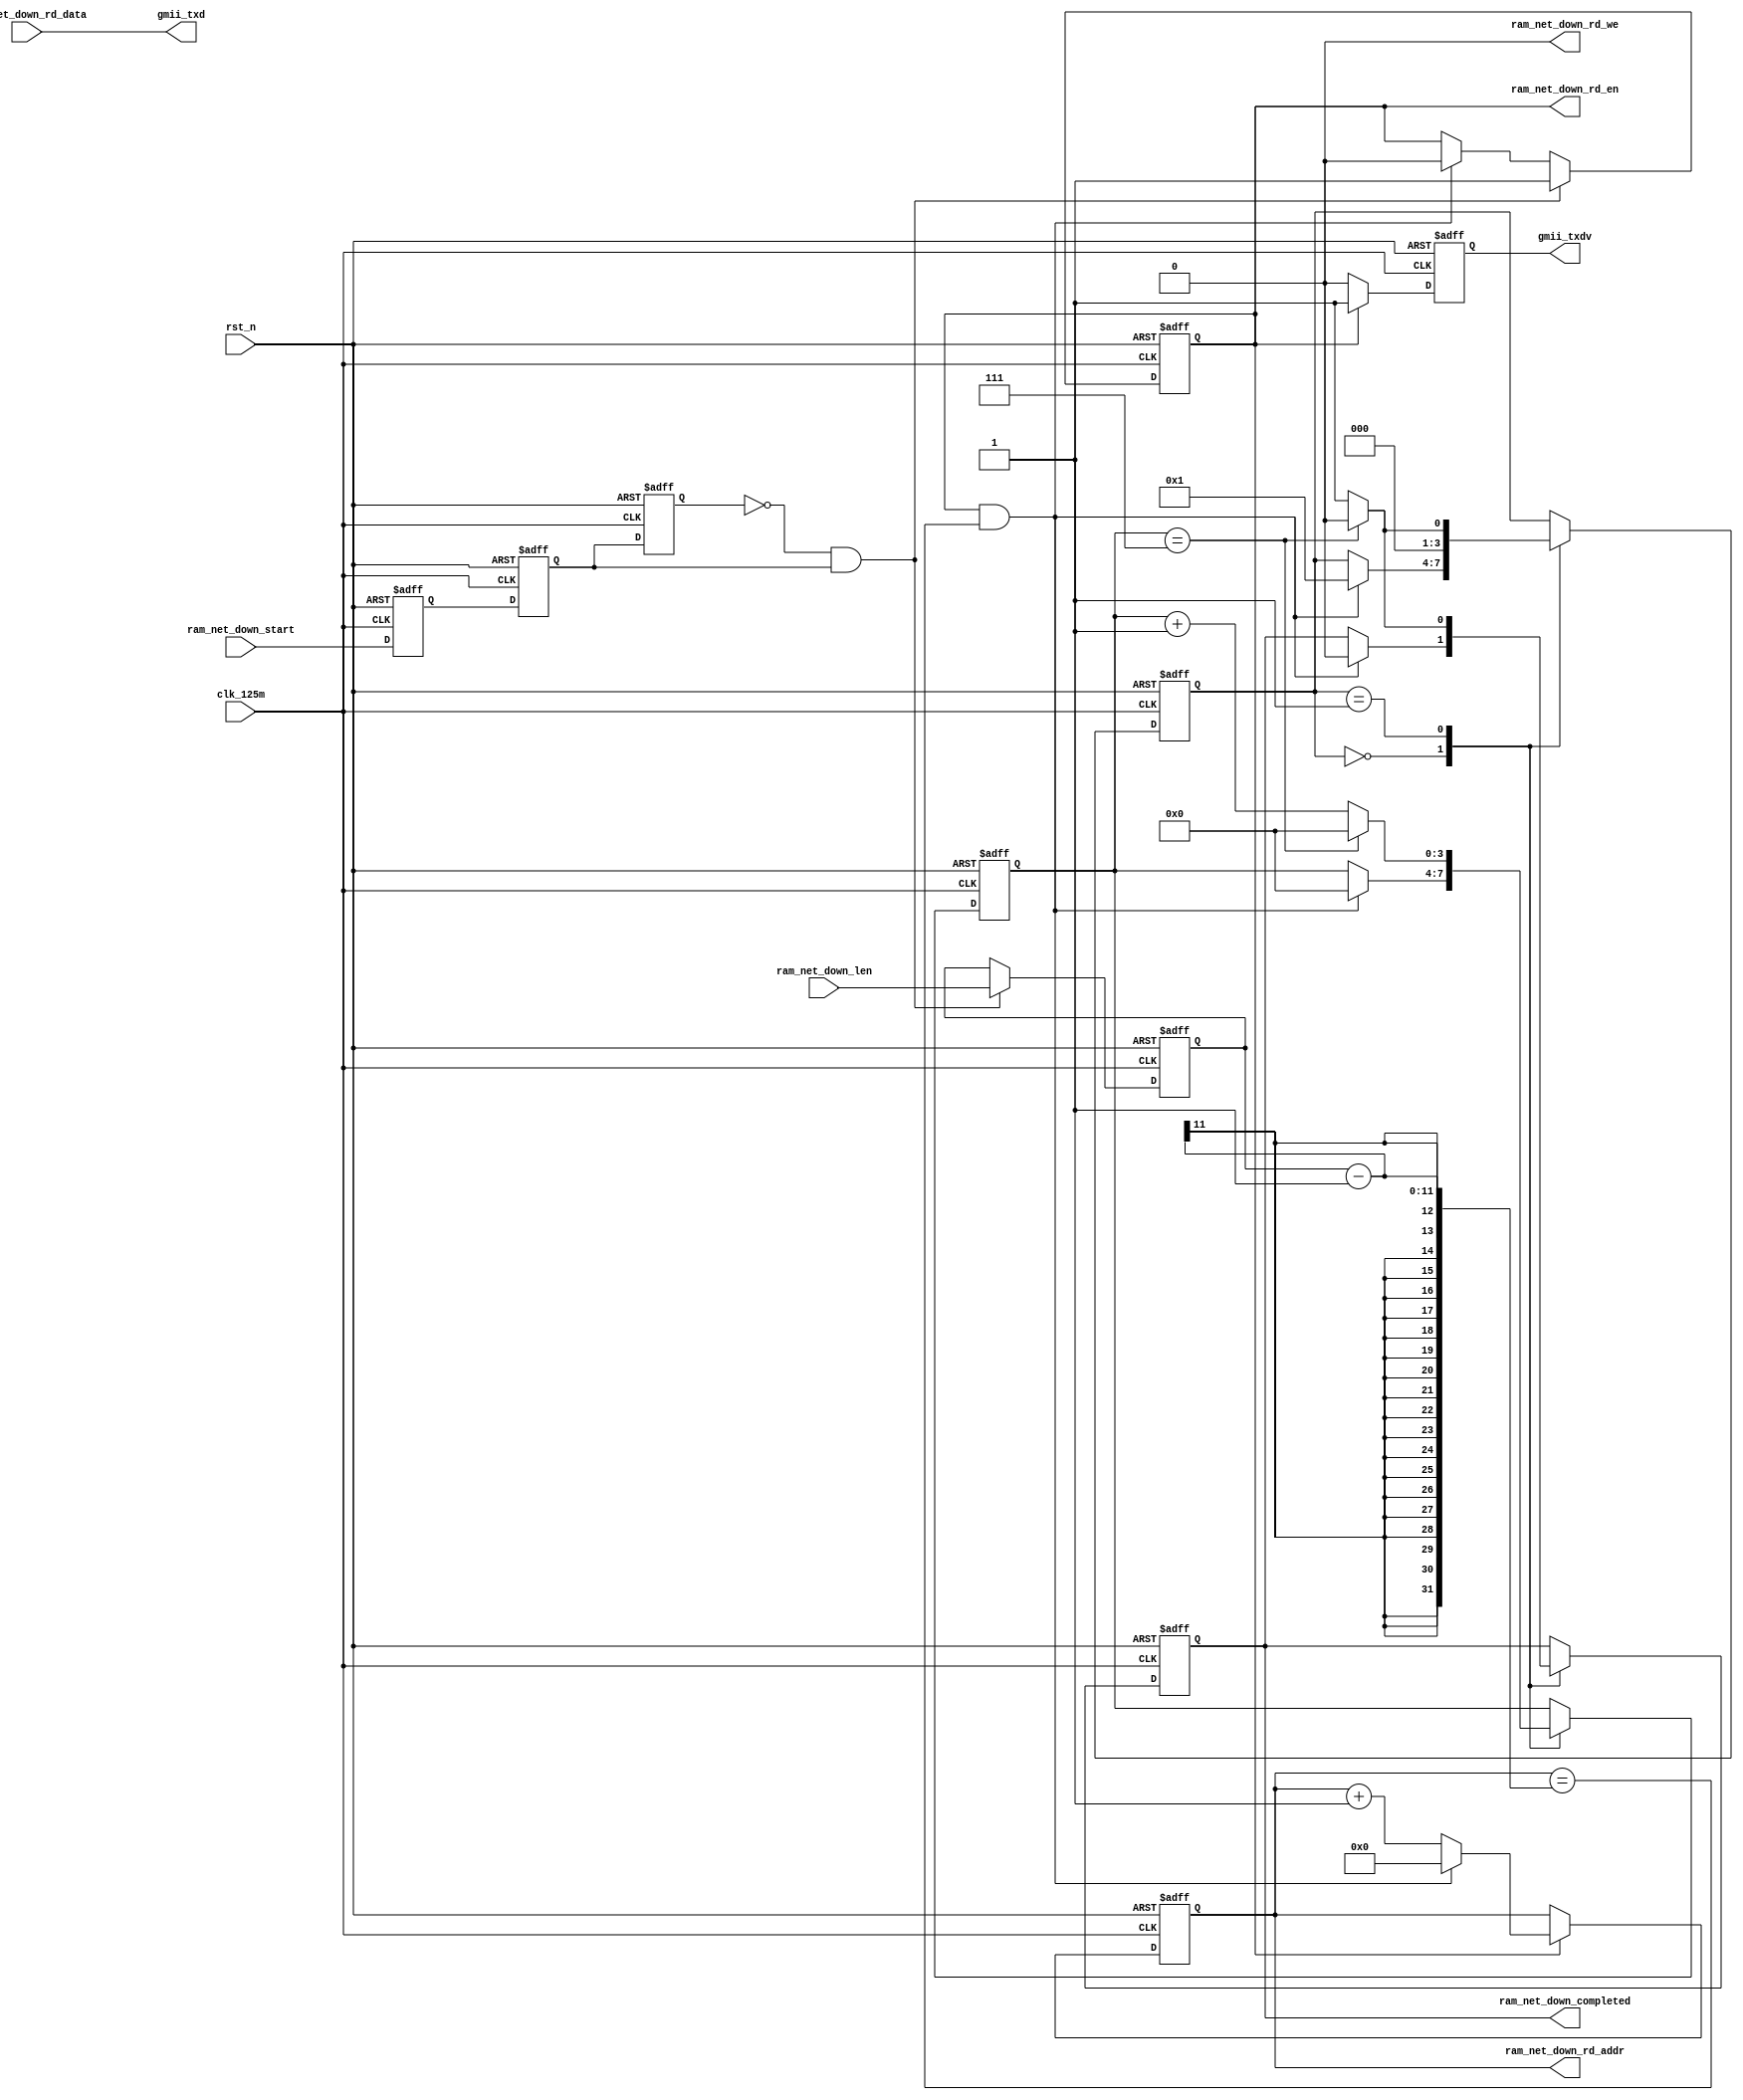
module net_down(
	input             clk_125m,
	input             rst_n   ,
	
	output reg [7:0]  gmii_txd,
	output reg        gmii_txdv,
	
	output reg        ram_net_down_rd_en	,
	output reg        ram_net_down_rd_we	,
	output reg [10:0] ram_net_down_rd_addr  ,
	input      [7:0]  ram_net_down_rd_data	,
	input             ram_net_down_start	,
	input      [10:0] ram_net_down_len		,
	output reg        ram_net_down_completed 
);

	reg [3:0]  state;
	reg [3:0]  cnt_completed;
	reg [10:0] cnt_net_tx;
	wire       add_cnt_net_tx;
	wire       end_cnt_net_tx;
	reg        ram_net_down_start_ff0;
	reg        ram_net_down_start_ff1;
	reg        ram_net_down_start_ff2;
	wire       ram_net_down_start_l2h;
	reg [10:0] net_tx_len;
	reg        flag_cnt_uart_tx;
	
	always @ (*)begin
		ram_net_down_rd_en = add_cnt_net_tx;
		ram_net_down_rd_we = 0;
        ram_net_down_rd_addr = cnt_net_tx;
	end
	
	
	always @ (posedge clk_125m or negedge rst_n)begin
		if(!rst_n)begin
			gmii_txdv <= 0;
		end
		else if(add_cnt_net_tx)begin
			gmii_txdv <= 1;
		end
		else begin
			gmii_txdv <= 0;
		end
	end
    
    always @ (*)begin
        gmii_txd = ram_net_down_rd_data;
    end
	
/*	//
	reg [3:0] step;
	reg [27:0] cnt;
	always @ (posedge clk_125m or negedge rst_n)begin
		if(!rst_n)begin
			step <= 0;
			cnt <= 0;
			gmii_txd <= 0;
			gmii_txdv <= 0;
		end
		else begin
			case(step)
				0:begin
					if(cnt == 62_500_000-1)begin
						step <= 1;
						cnt <= 0;
						gmii_txd <= 8'h0d;
						gmii_txdv <= 1;
					end
					else begin
						step <= 0;
						cnt <= cnt + 1'b1;
						gmii_txd <= 0;
						gmii_txdv <= 0;
					end
				end
				1:begin
					step <= 2;
					cnt <= 0;
					gmii_txd <= 0;
					gmii_txdv <= 0;
				end
				2:begin
					if(rdy == 1)begin
						step <= 0;
						cnt <= 0;
						gmii_txd <= 8'h0a;
						gmii_txdv <= 1;
					end
				end
			endcase
		end
	end*/
	
	always @ (posedge clk_125m or negedge rst_n)begin
		if(!rst_n)begin
			state <= 0;
			cnt_completed <= 0;
			ram_net_down_completed <= 0;
		end
		else begin
			case(state)
				0:begin
					if(end_cnt_net_tx)begin
						state <= 1;
						cnt_completed <= 0;
						ram_net_down_completed <= 0;
					end
				end
				1:begin
					if(cnt_completed == 8-1)begin
						state <= 0;
						cnt_completed <= 0;
						ram_net_down_completed <= 0;
					end
					else begin
						state <= 1;
						cnt_completed <= cnt_completed + 1'b1;
						ram_net_down_completed <= 1;
					end
				end
			endcase
		end
	end
	
	always @ (posedge clk_125m or negedge rst_n)begin
		if(!rst_n)begin
			cnt_net_tx <= 0;
		end
		else if(add_cnt_net_tx)begin
			if(end_cnt_net_tx)
				cnt_net_tx <= 0;
			else
				cnt_net_tx <= cnt_net_tx + 1'b1;
		end
	end
	
	assign add_cnt_net_tx = flag_cnt_uart_tx;
	assign end_cnt_net_tx = add_cnt_net_tx && cnt_net_tx == net_tx_len-1;
	
	always @ (posedge clk_125m or negedge rst_n)begin
		if(!rst_n)begin
			ram_net_down_start_ff0 <= 0;
			ram_net_down_start_ff1 <= 0;
			ram_net_down_start_ff2 <= 0;
		end
		else begin
			ram_net_down_start_ff0 <= ram_net_down_start;
			ram_net_down_start_ff1 <= ram_net_down_start_ff0;
			ram_net_down_start_ff2 <= ram_net_down_start_ff1;
		end
	end
	
	assign ram_net_down_start_l2h = ram_net_down_start_ff2 == 0 && ram_net_down_start_ff1 == 1;
	
	always @ (posedge clk_125m or negedge rst_n)begin
		if(!rst_n)begin
			net_tx_len <= 0;
		end
		else if(ram_net_down_start_l2h)begin
			net_tx_len <= ram_net_down_len;
		end
	end
	
	always @ (posedge clk_125m or negedge rst_n)begin
		if(!rst_n)begin
			flag_cnt_uart_tx <= 0;
		end
		else if(ram_net_down_start_l2h)begin
			flag_cnt_uart_tx <= 1;
		end
		else if(end_cnt_net_tx)begin
			flag_cnt_uart_tx <= 0;
		end
	end
	
endmodule